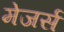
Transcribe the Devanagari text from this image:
मेजर्स